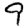
Digit: 9